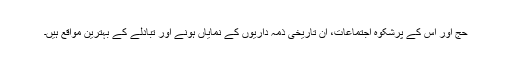
حج اور اس کے پرشکوہ اجتماعات، ان تاریخی ذمہ داریوں کے نمایاں ہونے اور تبادلے کے بہترین مواقع ہیں۔